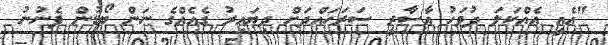
"އެއީ އެއްކަލަ ދުވަހު އާސާރީ ސަރަހައްދަށް ދިޔައިރު ގެއެއްގެ ނަން ބޯޑުން ފެނުނު